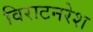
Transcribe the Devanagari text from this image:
विराटनरेश